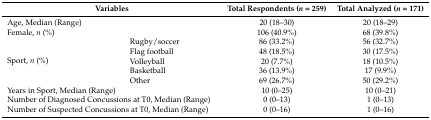
<table><thead><tr><td colspan="2"><b>Variables</b></td><td><b>Total Respondents (<i>n</i> = 259)</b></td><td><b>Total Analyzed (<i>n</i> = 171)</b></td></tr></thead><tbody><tr><td colspan="2">Age, Median (Range)</td><td>20 (18–30)</td><td>20 (18–29)</td></tr><tr><td colspan="2">Female, <i>n</i> (%)</td><td>106 (40.9%)</td><td>68 (39.8%)</td></tr><tr><td rowspan="5">Sport, <i>n</i> (%)</td><td>Rugby/soccer</td><td>86 (33.2%)</td><td>56 (32.7%)</td></tr><tr><td>Flag football</td><td>48 (18.5%)</td><td>30 (17.5%)</td></tr><tr><td>Volleyball</td><td>20 (7.7%)</td><td>18 (10.5%)</td></tr><tr><td>Basketball</td><td>36 (13.9%)</td><td>17 (9.9%)</td></tr><tr><td>Other</td><td>69 (26.7%)</td><td>50 (29.2%)</td></tr><tr><td colspan="2">Years in Sport, Median (Range)</td><td>10 (0–25)</td><td>10 (0–21)</td></tr><tr><td colspan="2">Number of Diagnosed Concussions at T0, Median (Range)</td><td>0 (0–13)</td><td>1 (0–13)</td></tr><tr><td colspan="2">Number of Suspected Concussions at T0, Median (Range)</td><td>0 (0–16)</td><td>1 (0–16)</td></tr></tbody></table>